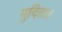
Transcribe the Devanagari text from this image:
मुदिता।